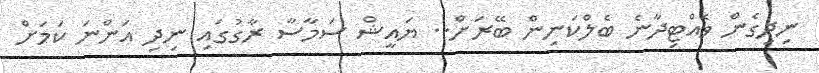
ނިދިގެން ވެއްޓިދާނެ ބެލްކަނިން ބޭރަށް.. ޔައީޝް ސަމާސާ ރާގުގައި ނިދި އަންނަ ކަމަށް